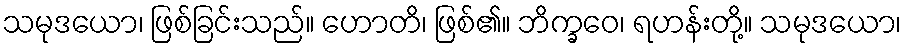
သမုဒယော၊ ဖြစ်ခြင်းသည်။ ဟောတိ၊ ဖြစ်၏။ ဘိက္ခဝေ၊ ရဟန်းတို့။ သမုဒယော၊